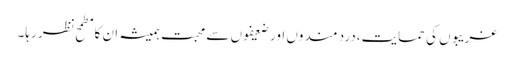
غریبوں کی حمایت،درد مندوں اور ضعیفوں سے محبت ہمیشہ ان کا مطمح نظر رہا۔